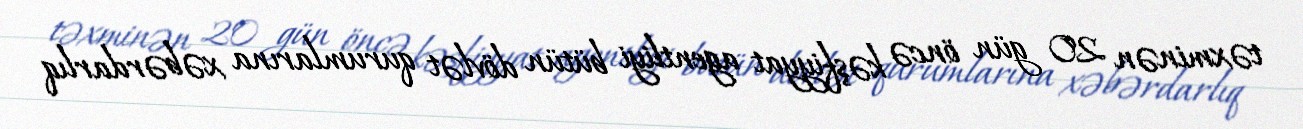
təxminən 20 gün öncə kəşfiyyat agentliyi bütün dövlət qurumlarına xəbərdarlıq